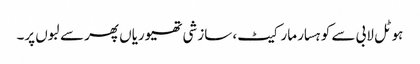
ہوٹل لابی سے کوہسار مارکیٹ، سازشی تھیوریاں پھر سے لبوں پر۔